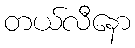
တယ်လီနော